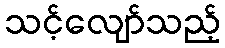
သင့်လျော်သည့်